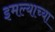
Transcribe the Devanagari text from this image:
इमल्याच्या